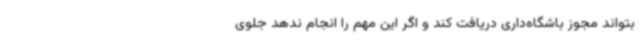
بتواند مجوز باشگاه‌داری دریافت کند و اگر این مهم را انجام ندهد جلوی